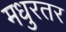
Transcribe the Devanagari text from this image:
मधुरतर